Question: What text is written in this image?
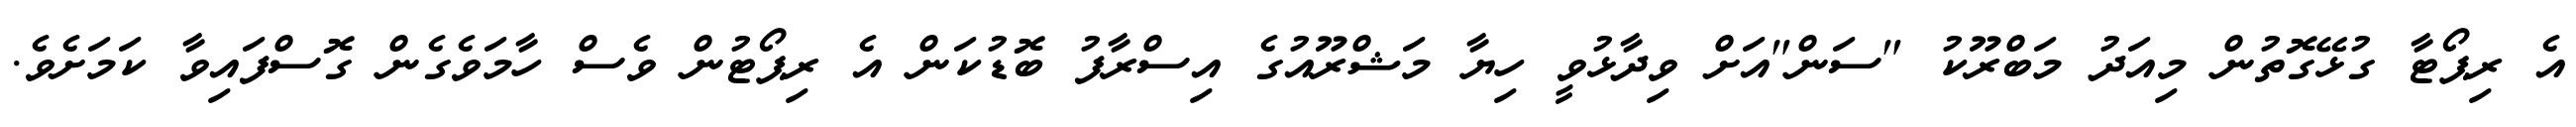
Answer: އެ ރިޕޯޓާ ގުޅޭގޮތުން މިއަދު މަބްރޫކު "ސަން"އަށް ވިދާޅުވީ ހިޔާ މަޝްރޫއުގެ އިސްރާފު ބޮޑުކަން އެ ރިޕޯޓުން ވެސް ހާމަވެގެން ގޮސްފައިވާ ކަމަށެވެ.